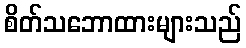
စိတ်သဘောထားများသည်